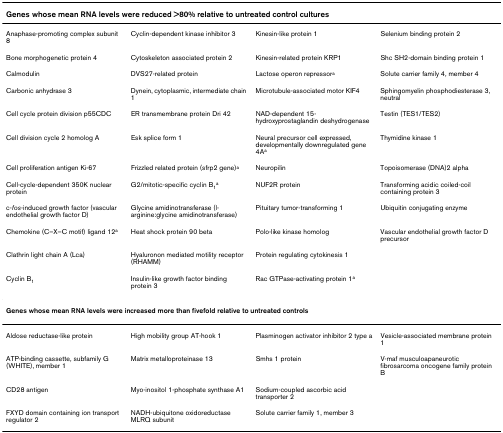
| <COLSPAN=4> Genes whose mean RNA levels were reduced >80% relative to untreated control cultures |
 | --- | --- | --- | --- |
 | Anaphase-promoting complex subunit 8 | Cyclin-dependent kinase inhibitor 3 | Kinesin-like protein 1 | Selenium binding protein 2 |
 | Bone morphogenetic protein 4 | Cytoskeleton associated protein 2 | Kinesin-related protein KRP1 | Shc SH2-domain binding protein 1 |
 | Calmodulin | DVS27-related protein | Lactose operon repressora | Solute carrier family 4, member 4 |
 | Carbonic anhydrase 3 | Dynein, cytoplasmic, intermediate chain 1 | Microtubule-associated motor KIF4 | Sphingomyelin phosphodiesterase 3, neutral |
 | Cell cycle protein division p55CDC | ER transmembrane protein Dri 42 | NAD-dependent 15-hydroxyprostaglandin deshydrogenase | Testin (TES1/TES2) |
 | Cell division cycle 2 homolog A | Esk splice form 1 | Neural precursor cell expressed, developmentally downregulated gene 4Aa | Thymidine kinase 1 |
 | Cell proliferation antigen Ki-67 | Frizzled related protein (sfrp2 gene)a | Neuropilin | Topoisomerase (DNA)2 alpha |
 | Cell-cycle-dependent 350K nuclear protein | G2/mitotic-specific cyclin B1a | NUF2R protein | Transforming acidic coiled-coil containing protein 3 |
 | c-fos-induced growth factor (vascular endothelial growth factor D) | Glycine amidinotransferase (l-arginine:glycine amidinotransferase) | Pituitary tumor-transforming 1 | Ubiquitin conjugating enzyme |
 | Chemokine (C–X–C motif) ligand 12a | Heat shock protein 90 beta | Polo-like kinase homolog | Vascular endothelial growth factor D precursor |
 | Clathrin light chain A (Lca) | Hyaluronon mediated motility receptor (RHAMM) | Protein regulating cytokinesis 1 |  |
 | Cyclin B1 | Insulin-like growth factor binding protein 3 | Rac GTPase-activating protein 1a |  |
 | <COLSPAN=4> Genes whose mean RNA levels were increased more than fivefold relative to untreated controls |
 | Aldose reductase-like protein | High mobility group AT-hook 1 | Plasminogen activator inhibitor 2 type a | Vesicle-associated membrane protein 1 |
 | ATP-binding cassette, subfamily G (WHITE), member 1 | Matrix metalloproteinase 13 | Smhs 1 protein | V-maf musculoapaneurotic fibrosarcoma oncogene family protein B |
 | CD28 antigen | Myo-inositol 1-phosphate synthase A1 | Sodium-coupled ascorbic acid transporter 2 |  |
 | FXYD domain containing ion transport regulator 2 | NADH-ubiquitone oxidoreductase MLRQ subunit | Solute carrier family 1, member 3 |  |